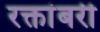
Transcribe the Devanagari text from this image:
रक्तांबरी